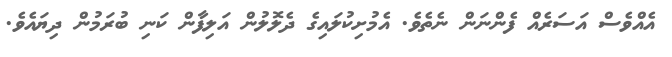
އެއްވެސް އަސަރެއް ފެންނަން ނެތެވެ. އެމުށިކުލައިގެ ދެލޮލުން އަލިފާން ކަނި ބުރަމުން ދިޔައެވެ.